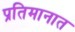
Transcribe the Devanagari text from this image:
प्रतिमानात